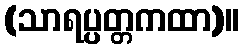
(သာရပ္ပတ္တကထာ)။